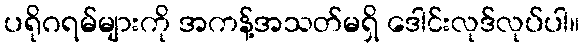
ပရိုဂရမ်များကို အကန့်အသတ်မရှိ ဒေါင်းလုဒ်လုပ်ပါ။